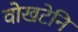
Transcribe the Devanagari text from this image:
वोखटेनि